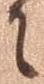
に